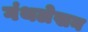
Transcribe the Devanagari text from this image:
गंथलेखन